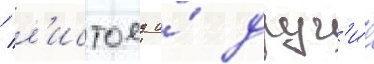
/ л'истоед и́ друг'и́е